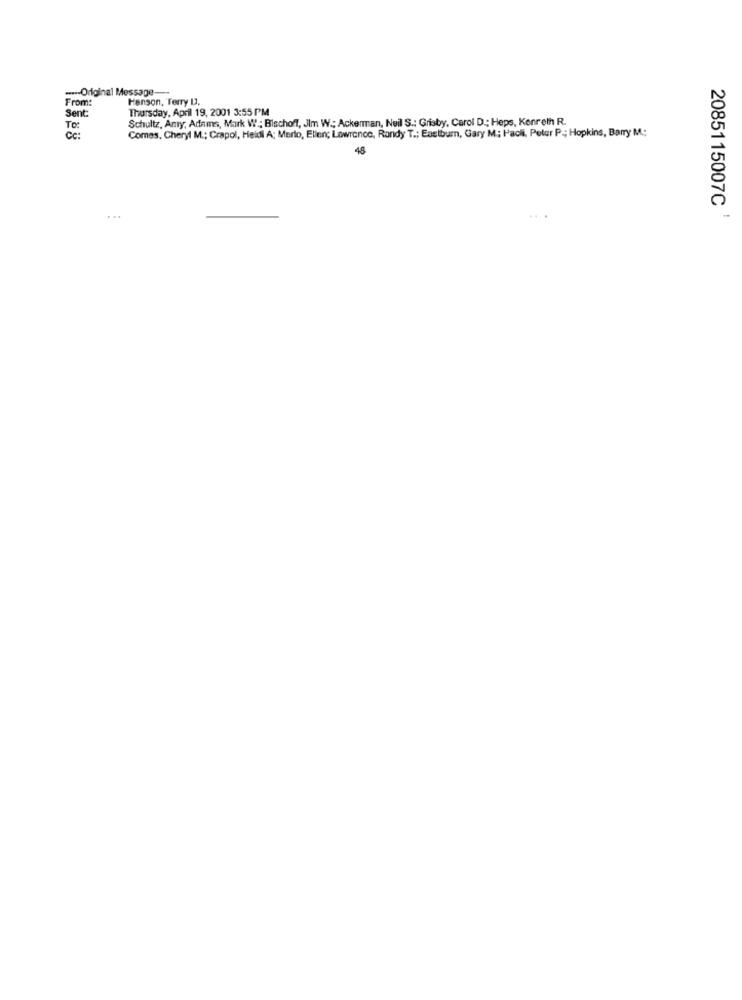
--- Original Message --
From:
Hanson, Terry L
Thursday, April 19, 2001 3:55 PM
Sent:
Schultz, Amy; Adams, Mark W .; Bischoff, Jim W .; Ackerman, Neil S .: Grisby, Carol D .; Heps, Kenreth R.
To:
Comes, Cheryl M .; Grapol, Heidi A; Merlo, Ellen; Lawrence, Randy T .; Eastburn, Gary M; Paoli, Peter P .; Hopkins, Barry M .;
Cc :
45
2085115007C '